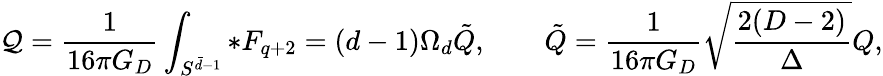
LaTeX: {\cal Q}={\frac{1}{16\pi G_{D}}}\int_{S^{\bar{d}-1}}*F_{q+2}=(d-1)\Omega_{d}\tilde{Q},\qquad\tilde{Q}={\frac{1}{16\pi G_{D}}}\sqrt{\frac{2(D-2)}{\Delta}}Q,